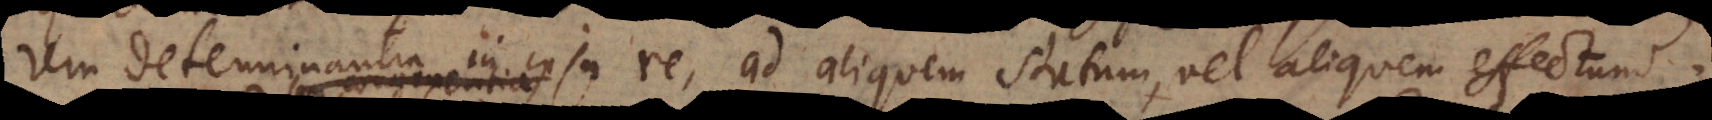
rem determinantia in ipsa re, ad aliquem statum, vel aliquem effectum.